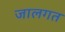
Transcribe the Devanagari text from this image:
जालगत